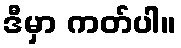
ဒီမှာ ကတ်ပါ။